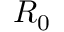
R _ { 0 }